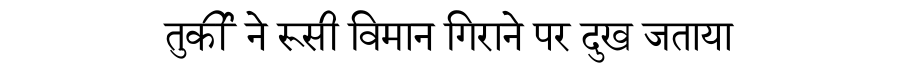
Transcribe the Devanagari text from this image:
तुर्की ने रूसी विमान गिराने पर दुख जताया